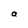
Character: a